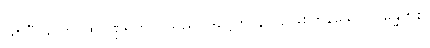
ဖြစ်ပြီ။ သော၊ ထိုပုဏ္ဍရိတ်ပင်သည်။ ဒိဗ္ဗေဟိ၊ နတ်၌ဖြစ်ကုန်သော။ ဂန္ဓေဟိစ၊